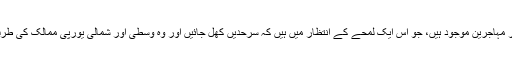
وہاں بارہ ہزار مہاجرین موجود ہیں، جو اس ایک لمحے کے انتظار میں ہیں کہ سرحدیں کھل جائیں اور وہ وسطی اور شمالی یورپی ممالک کی طرف بڑھ سکیں۔